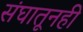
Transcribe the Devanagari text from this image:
संघातूनही